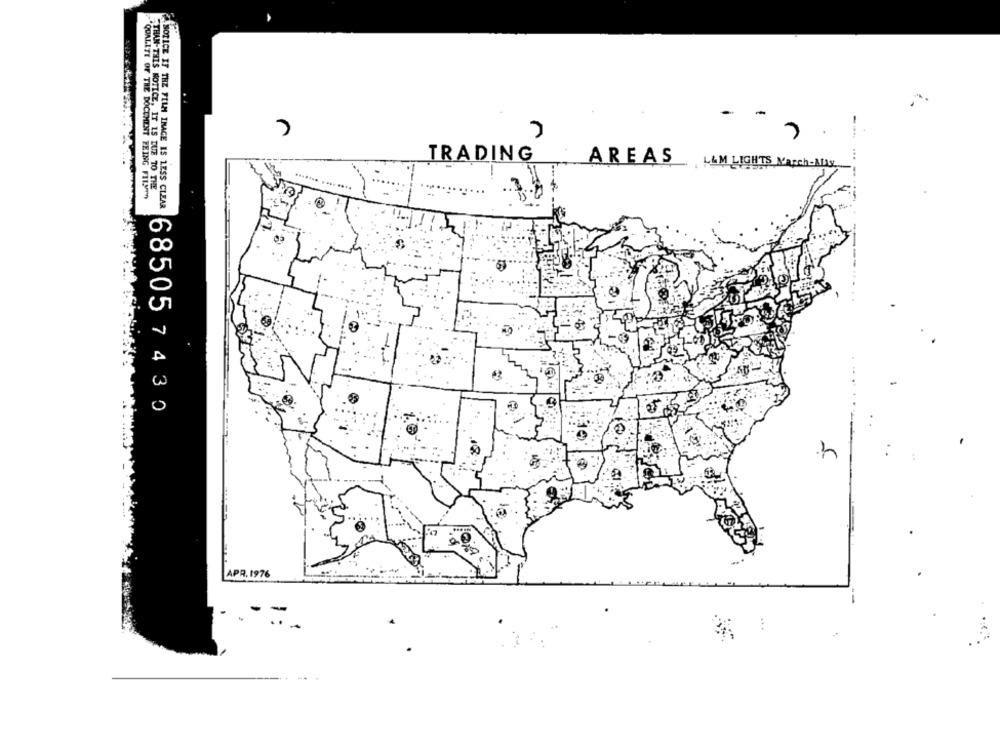
TRADING
AREAS LLM LIGHTS March-Ally
"THAN-THIS NOTICE, IT IS DUE TO THE
"QUALITE OF THE DOCUMENT FEING FILATO
SOTICE IF THE FILM INAGE IS LESS CLEAR
68505 7 4 30
10
APR. 1976